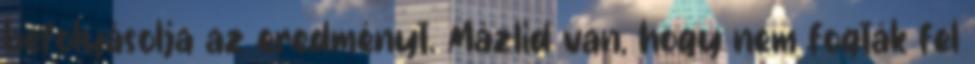
befolyásolja az eredményt. Mázlid van, hogy nem fogták fel